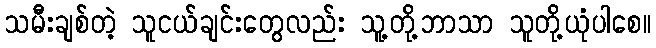
သမီးချစ်တဲ့ သူငယ်ချင်းတွေလည်း သူ့တို့ဘာသာ သူတို့ယုံပါစေ။